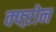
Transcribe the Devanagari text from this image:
क्फ्ऱोन